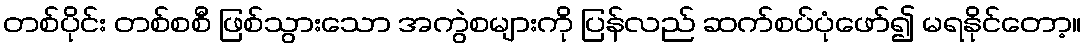
တစ်ပိုင်း တစ်စစီ ဖြစ်သွားသော အကွဲစများကို ပြန်လည် ဆက်စပ်ပုံဖော်၍ မရနိုင်တော့။